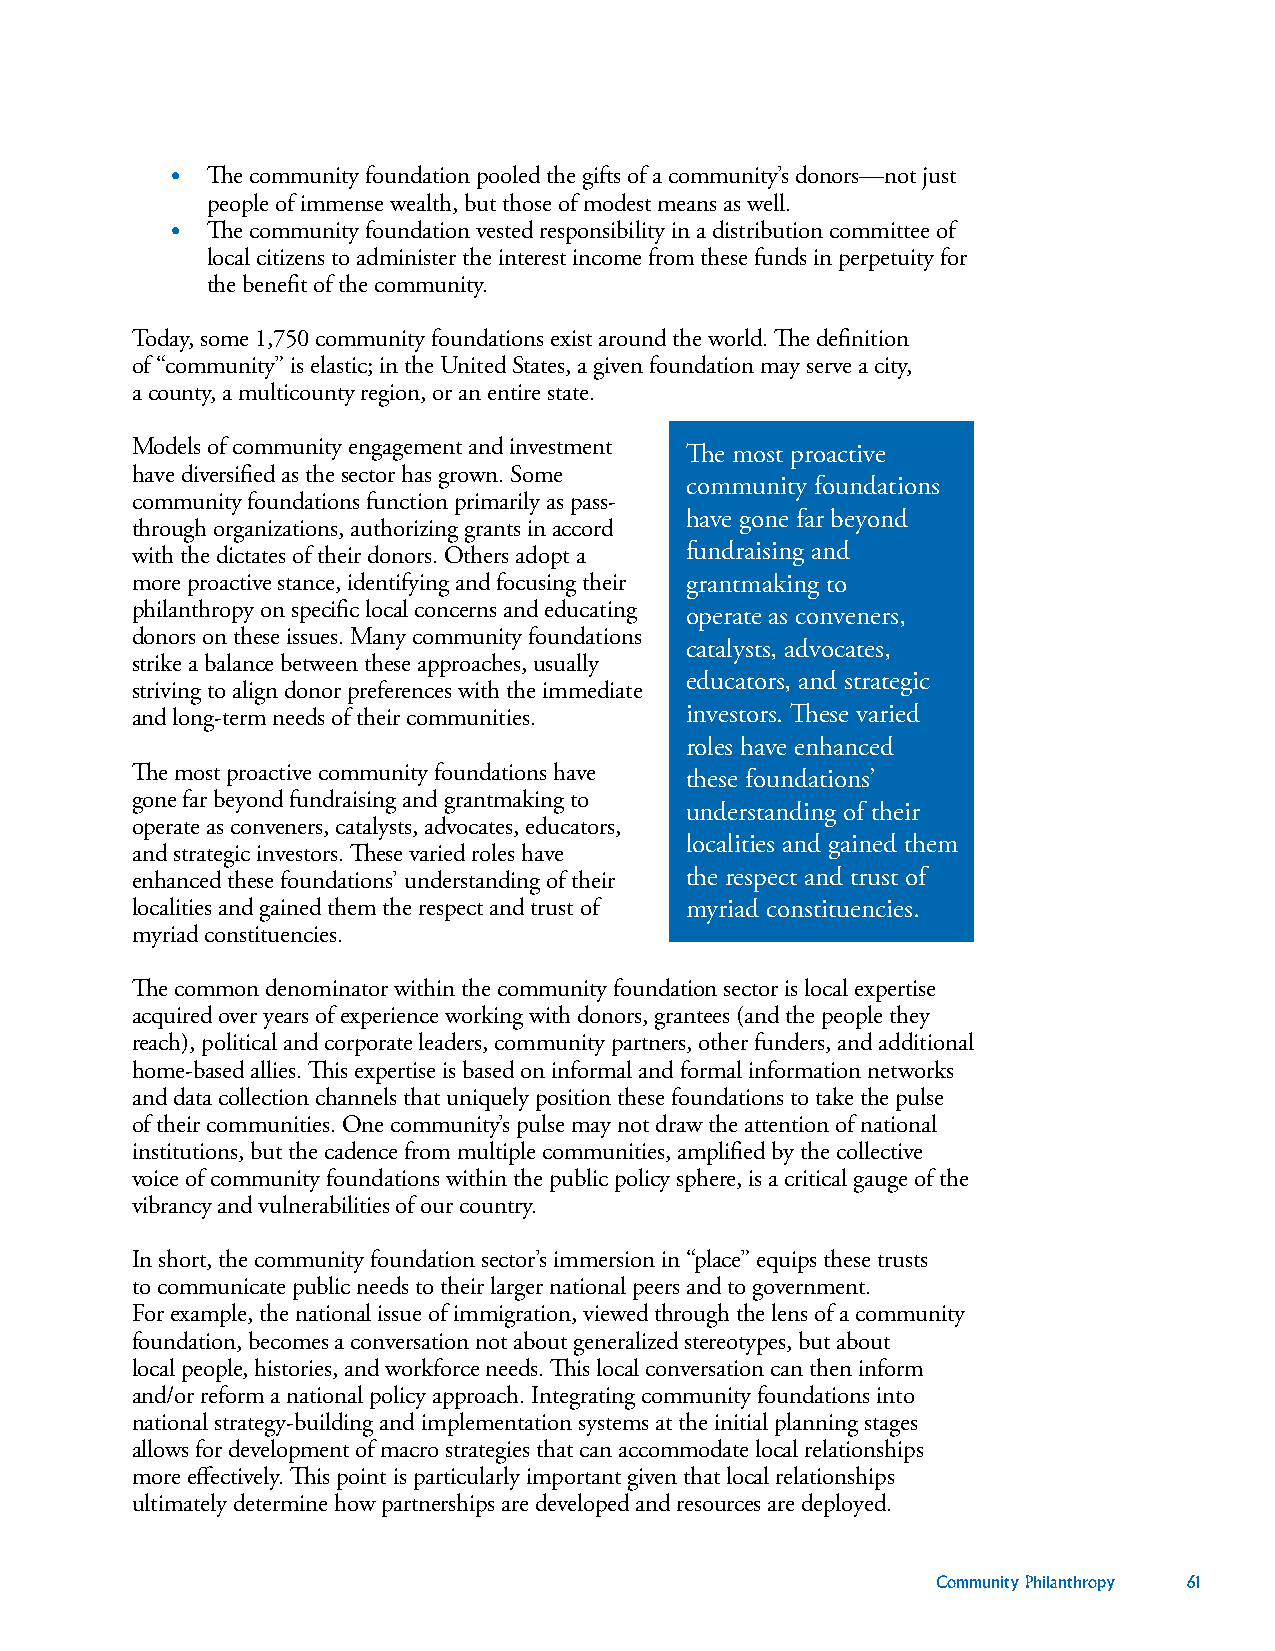
•  The community foundation pooled the gifts of a community’s donors—not just
 people of immense wealth, but those of modest means as well.
 •  The community foundation vested responsibility in a distribution committee of
 local citizens to administer the interest income from these funds in perpetuity for
 the benefit of the community.
 Today, some 1,750 community foundations exist around the world. The definition
 of “community” is elastic; in the United States, a given foundation may serve a city,
 a county, a multicounty region, or an entire state.
 Models of community engagement and investment The most proactive
 have diversified as the sector has grown. Some
 community foundations
 community foundations function primarily as pass-
 have gone far beyond
 through organizations, authorizing grants in accord
 with the dictates of their donors. Others adopt a fundraising and
 more proactive stance, identifying and focusing their grantmaking to
 philanthropy on specific local concerns and educating operate as conveners,
 donors on these issues. Many community foundations
 catalysts, advocates,
 strike a balance between these approaches, usually
 educators, and strategic
 striving to align donor preferences with the immediate
 and long-term needs of their communities. investors. These varied
 roles have enhanced
 The most proactive community foundations have these foundations’
 gone far beyond fundraising and grantmaking to
 understanding of their
 operate as conveners, catalysts, advocates, educators,
 localities and gained them
 and strategic investors. These varied roles have
 enhanced these foundations’ understanding of their the respect and trust of
 localities and gained them the respect and trust of myriad constituencies.
 myriad constituencies.
 The common denominator within the community foundation sector is local expertise
 acquired over years of experience working with donors, grantees (and the people they
 reach), political and corporate leaders, community partners, other funders, and additional
 home-based allies. This expertise is based on informal and formal information networks
 and data collection channels that uniquely position these foundations to take the pulse
 of their communities. One community’s pulse may not draw the attention of national
 institutions, but the cadence from multiple communities, amplified by the collective
 voice of community foundations within the public policy sphere, is a critical gauge of the
 vibrancy and vulnerabilities of our country.
 In short, the community foundation sector’s immersion in “place” equips these trusts
 to communicate public needs to their larger national peers and to government.
 For example, the national issue of immigration, viewed through the lens of a community
 foundation, becomes a conversation not about generalized stereotypes, but about
 local people, histories, and workforce needs. This local conversation can then inform
 and/or reform a national policy approach. Integrating community foundations into
 national strategy-building and implementation systems at the initial planning stages
 allows for development of macro strategies that can accommodate local relationships
 more effectively. This point is particularly important given that local relationships
 ultimately determine how partnerships are developed and resources are deployed.
 Community Philanthropy 61